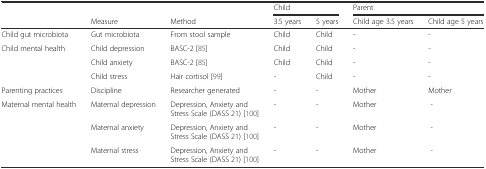
|  |  |  | <COLSPAN=2> Child | <COLSPAN=2> Parent |
 |  | Measure | Method | 3.5 years | 5 years | Child age 3.5 years | Child age 5 years |
 | --- | --- | --- | --- | --- | --- | --- |
 | Child gut microbiota | Gut microbiota | From stool sample | Child | Child | - | - |
 | Child mental health | Child depression | BASC-2 [85] | Child | Child | - | - |
 |  | Child anxiety | BASC-2 [85] | Child | Child | - | - |
 |  | Child stress | Hair cortisol [99] | - | Child | - | - |
 | Parenting practices | Discipline | Researcher generated | - | - | Mother | Mother |
 | Maternal mental health | Maternal depression | Depression, Anxiety and Stress Scale (DASS 21) [100] | - | - | Mother | - |
 |  | Maternal anxiety | Depression, Anxiety and Stress Scale (DASS 21) [100] | - | - | Mother | - |
 |  | Maternal stress | Depression, Anxiety and Stress Scale (DASS 21) [100] | - | - | Mother | - |